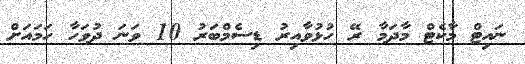
ނައިޓް މާކެޓް މާދަމާ ރޭ ހުޅުވާއިރު ޑިސެމްބަރު 10 ވަނަ ދުވަހާ ހަމައަށް